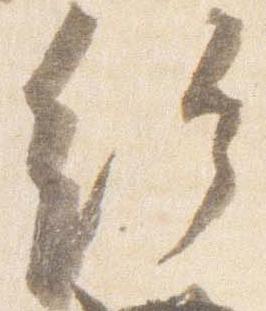
給